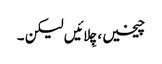
چیخیں، چِلائیں لیکن ۔